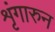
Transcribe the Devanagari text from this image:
शृंगारुन